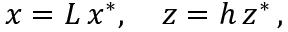
x = L \, x ^ { * } , \quad z = h \, z ^ { * } \, ,